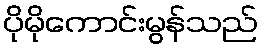
ပိုမိုကောင်းမွန်သည်